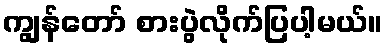
ကျွန်တော် စားပွဲလိုက်ပြပါ့မယ်။